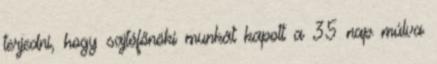
terjedni, hogy sajtófőnöki munkát kapott a 35 nap múlva